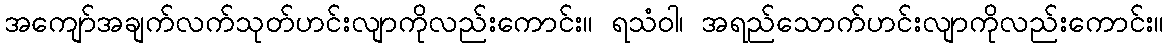
အကျော်အချက်လက်သုတ်ဟင်းလျာကိုလည်းကောင်း။ ရသံဝါ၊ အရည်သောက်ဟင်းလျာကိုလည်းကောင်း။